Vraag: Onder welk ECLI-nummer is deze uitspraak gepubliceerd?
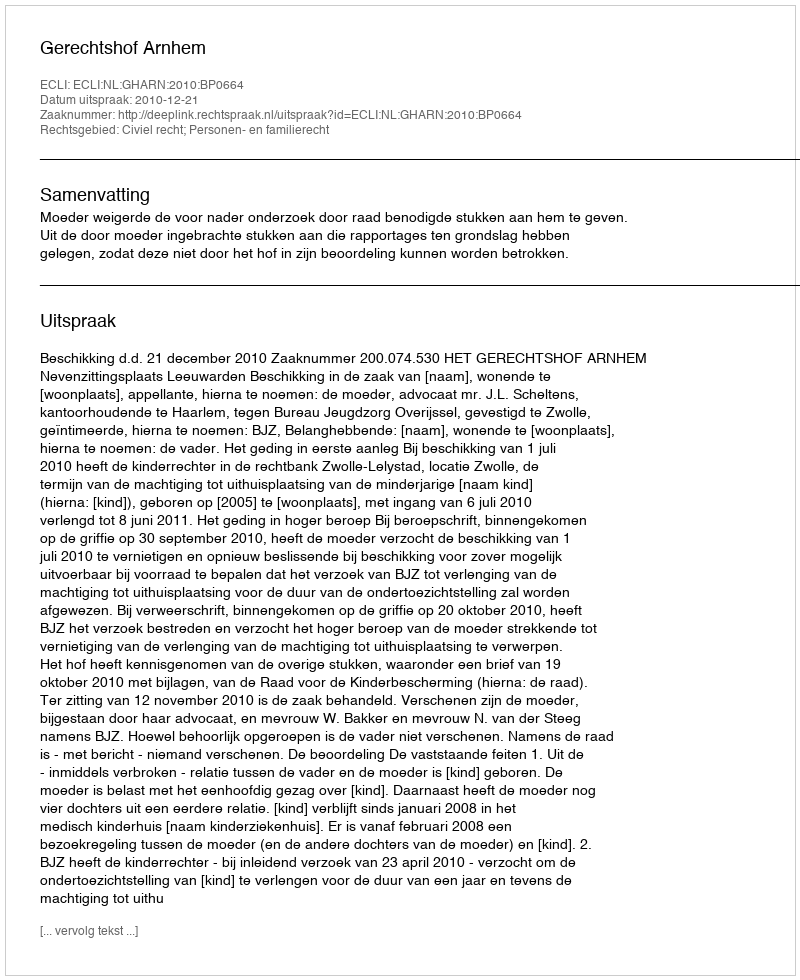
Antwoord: ECLI:NL:GHARN:2010:BP0664